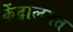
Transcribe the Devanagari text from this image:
केंद्रालगत